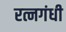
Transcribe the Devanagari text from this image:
रत्नगंधी